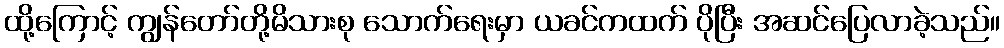
ထို့ကြောင့် ကျွန်တော်တို့မိသားစု သောက်ရေးမှာ ယခင်ကထက် ပိုပြီး အဆင်ပြေလာခဲ့သည်။